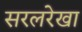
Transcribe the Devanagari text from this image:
सरलरेखा